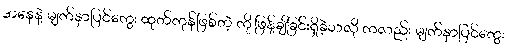
အနေနဲ့ မျက်နှာပြင်ကွေး ထုတ်ကုန်ဖြစ်တဲ့ ကို ဖြန့်ချိခြင်းရှိခဲ့သလို ကလည်း မျက်နှာပြင်ကွေး